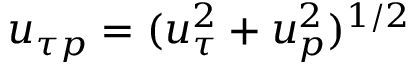
u _ { \tau p } = ( { u _ { \tau } ^ { 2 } + u _ { p } ^ { 2 } } ) ^ { 1 / 2 }